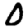
Digit: 0